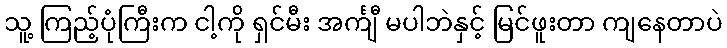
သူ့ ကြည့်ပုံကြီးက ငါ့ကို ရှင်မီး အင်္ကျီ မပါဘဲနှင့် မြင်ဖူးတာ ကျနေတာပဲ